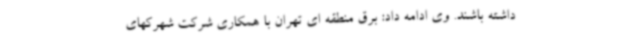
داشته باشند. وی ادامه داد: برق منطقه ای تهران با همکاری شرکت شهرکهای